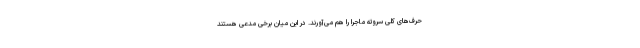
حرف‌های کلی سروته ماجرا را هم می‌آورند. در این میان برخی مدعی هستند